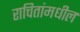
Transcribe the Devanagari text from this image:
राचितांमधील